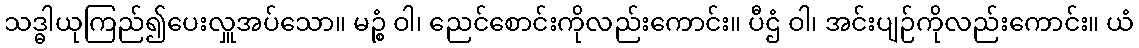
သဒ္ဓါယုကြည်၍ပေးလှူအပ်သော။ မဉ္စံ ဝါ၊ ညေင်စောင်းကိုလည်းကောင်း။ ပီဌံ ဝါ၊ အင်းပျဉ်ကိုလည်းကောင်း။ ယံ